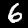
Digit: 6